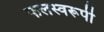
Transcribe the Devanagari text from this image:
फलस्वरूपी